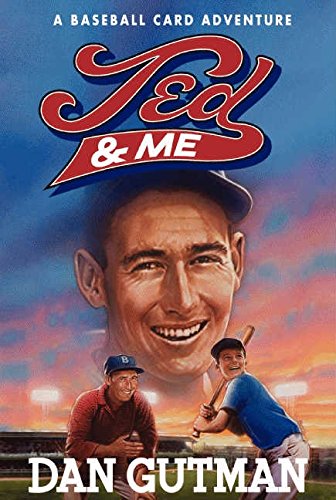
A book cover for Ted & Me (Baseball Card Adventures); Dan Gutman; Children's Books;